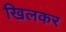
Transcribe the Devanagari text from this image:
खिलकर